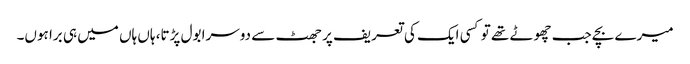
میرے بچے جب چھوٹے تھے تو کسی ایک کی تعریف پر جھٹ سے دوسرا بول پڑتا، ہاں ہاں میں ہی برا ہوں۔